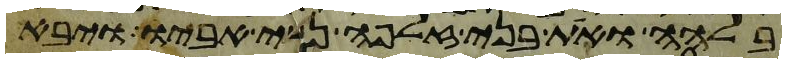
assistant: בלהה ואת בני זלפה נשי אביו ויבא